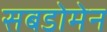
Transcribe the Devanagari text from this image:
सबडोमेन